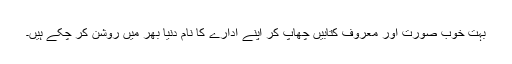
بہت خوب صورت اور معروف کتابیں چھاپ کر اپنے ادارے کا نام دنیا بھر میں روشن کر چکے ہیں۔